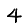
Digit: 4